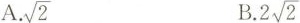
A. $$\sqrt{2}$$ B.2 $$2 \sqrt{2}$$